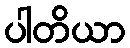
ပါတိယာ